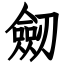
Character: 劒